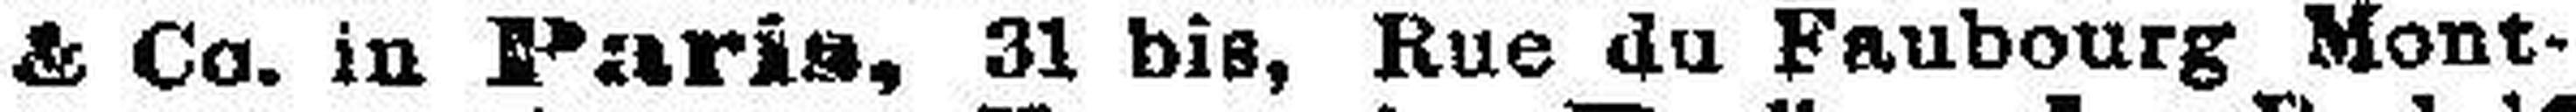
& Co. in Paris, 31 bis, Rue du Faubourg Mont¬